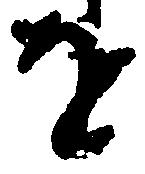
を